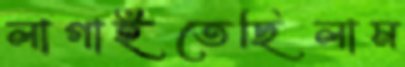
লাগাইতেছিলাম